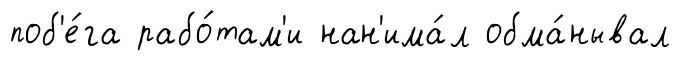
поб'е́га рабо́там'и нан'има́л обма́нывал